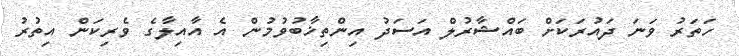
ހަތަރު ވަނަ ދައުރަކަށް ބައްޝާރުލް އަސަދު އިންތިޚާބުވުމުން އެ އާއިލާގެ ވެރިކަން އިތުރު